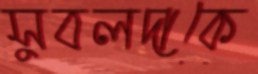
সুবলদাকে